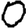
Digit: 0